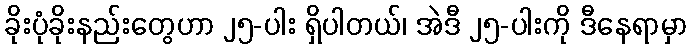
ခိုးပုံခိုးနည်းတွေဟာ ၂၅-ပါး ရှိပါတယ်၊ အဲဒီ ၂၅-ပါးကို ဒီနေရာမှာ